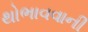
થોભાવવાની